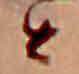
公